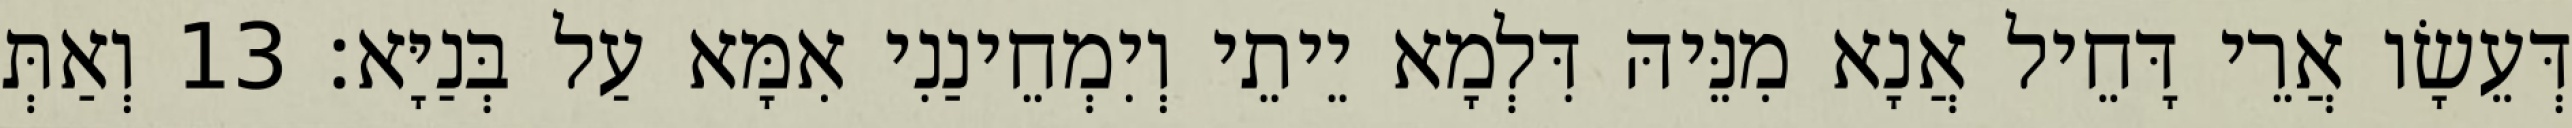
דְּעֵשָׂו אֲרֵי דָּחֵיל אֲנָא מִנֵּיהּ דִּלְמָא יֵיתֵי וְיִמְחֵינַנִי אִמָּא עַל בְּנַיָּא׃ 13 וְאַתְּ